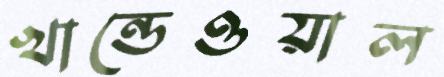
খান্ডেওয়াল